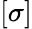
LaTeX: [\sigma]